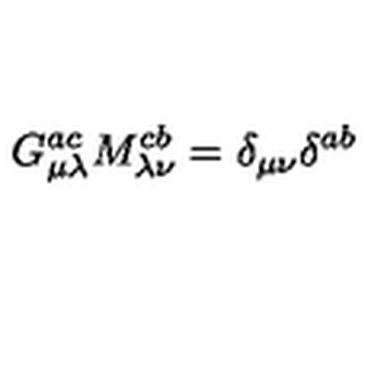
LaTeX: G _ { \mu \lambda } ^ { a c } M _ { \lambda \nu } ^ { c b } = \delta _ { \mu \nu } \delta ^ { a b }